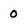
Character: 0